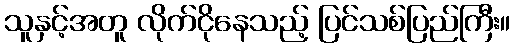
သူနှင့်အတူ လိုက်ငိုနေသည့် ပြင်သစ်ပြည်ကြီး။